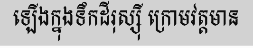
ឡើងក្នុងទឹកដីរុស្ស៊ី ក្រោមវត្តមាន